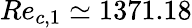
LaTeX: Re_{c,1}\simeq 1371.18